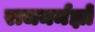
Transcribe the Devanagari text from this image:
राजमर्मज्ञों